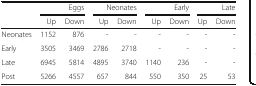
| <ROWSPAN=2>  | <COLSPAN=2> Eggs | <COLSPAN=2> Neonates | <COLSPAN=2> Early | <COLSPAN=2> Late |
 | Up | Down | Up | Down | Up | Down | Up | Down |
 | --- | --- | --- | --- | --- | --- | --- | --- | --- |
 | Neonates | 1152 | 876 | - | - | - | - | - | - |
 | Early | 3505 | 3469 | 2786 | 2718 | - | - | - | - |
 | Late | 6945 | 5814 | 4895 | 3740 | 1140 | 236 | - | - |
 | Post | 5266 | 4557 | 657 | 844 | 550 | 350 | 25 | 53 |